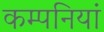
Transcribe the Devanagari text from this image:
कम्‍पनियां